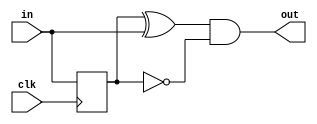
module posedge_impulse(
  input clk,
  input in,

  output out
);

reg b;

always @(posedge clk) begin
  b <= in;
end

assign out = ((b ^ in) && (b == 0));

endmodule